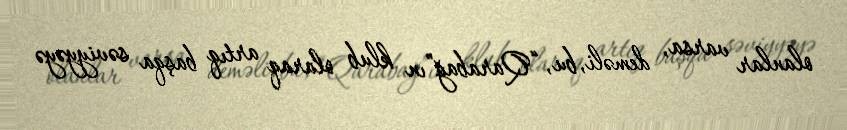
olanlar varsa, deməli, bu, “Qarabağ”ın klub olaraq artıq başqa səviyyəyə